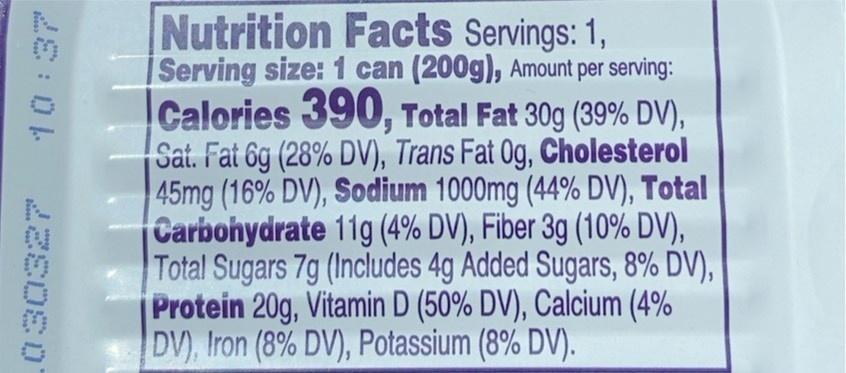
Nutrition Facts Servings: 1, Serving size: 1 can (200g), Amount per serving: Calories 390, Total Fat 30g (39% DV), Sat. Fat 6g (28% DV), Trans Fat 0g, Cholesterol 45mg (16% DV), Sodium 1000mg (44% DV), Total Carbonydrate 11g (4% DV), Fiber 3g (10% DV), Total Sugars 7g (Includes 4g Added Sugars, 8% DV), Protein 20g, Vitamin D (50% DV), Calcium (4% DV), Iron (8% DV), Potassium (8% DV).
的:0ト